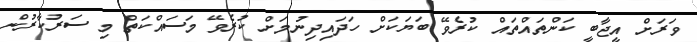
ވަރަށް އީޖާބީ ކަންތައްތައް ކުރެވޭ ބަޔަކަށް ހަދައިދިނުމަށް ކުރެވޭ މަސައްކަތް މި ސަރުކާރުން